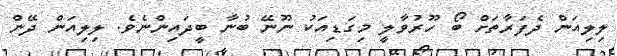
ލިލިއަން ދެފަރާތަށް ބޯ ހޫރުވާލީ މިގަޑިއަކު ނޫނޭ ބުނާ ބީދައިންނެވެ. ލިލިއަން ދޭން